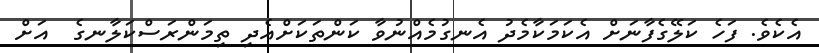
އެކެވެ. ފަހެ ކަލޭގެފާނަށް އެކަމަކާމެދު އެނގުމެއްނުވާ ކަންތަކަށްއެދި ތިމަންރަސްކަލާނގެ  އަށް